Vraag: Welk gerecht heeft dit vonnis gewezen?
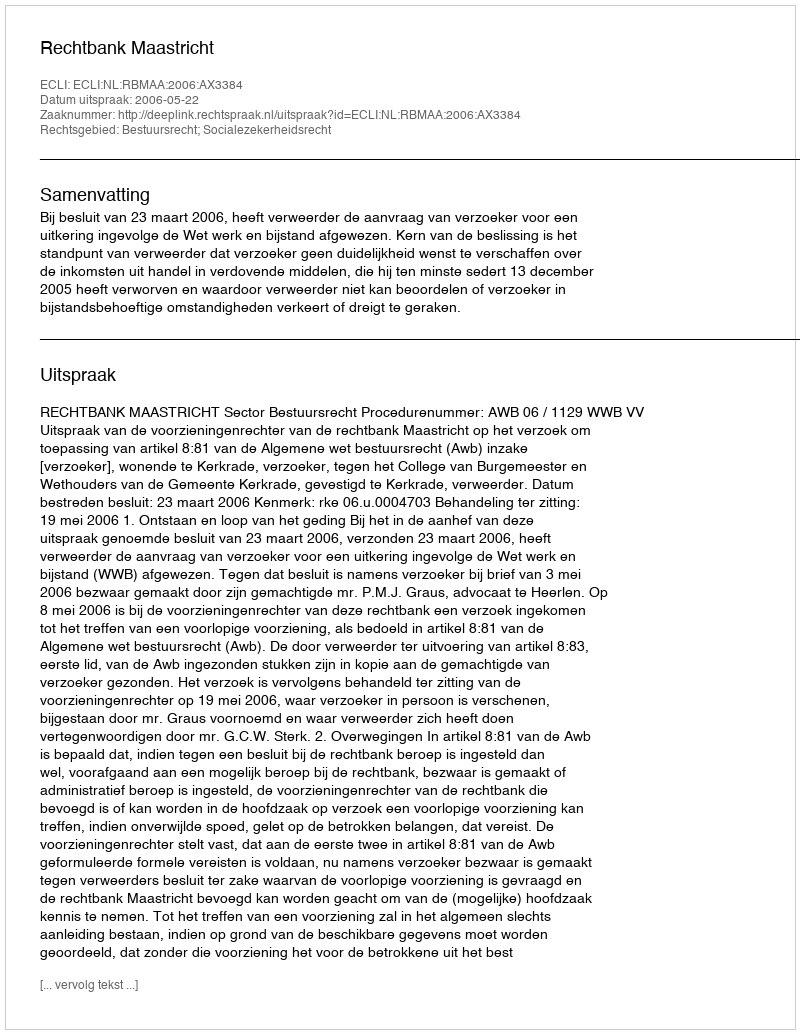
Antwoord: Rechtbank Maastricht